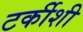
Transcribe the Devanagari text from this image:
टर्कीशी